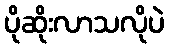
ပိုဆိုးလာသလိုပဲ